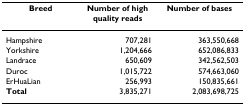
| Breed | Number of high quality reads | Number of bases |
 | --- | --- | --- |
 | Hampshire | 707,281 | 363,550,668 |
 | Yorkshire | 1,204,666 | 652,086,833 |
 | Landrace | 650,609 | 342,562,503 |
 | Duroc | 1,015,722 | 574,663,060 |
 | ErHuaLian | 256,993 | 150,835,661 |
 | Total | 3,835,271 | 2,083,698,725 |